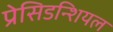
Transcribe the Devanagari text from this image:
प्रेसिडन्शियल